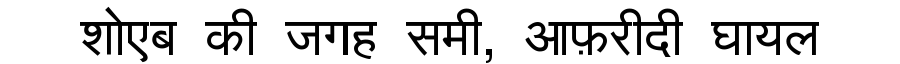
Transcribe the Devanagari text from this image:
शोएब की जगह समी, आफ़रीदी घायल